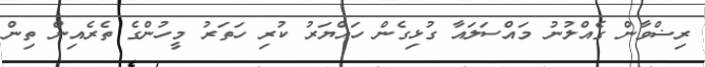
ރިޟްވާން ގެއްލުނު މައްސަލައާ ގުޅިގެން ހައްޔަރު ކުރި ހަތަރު މީހުންގެ ތެރެއިން ތިން